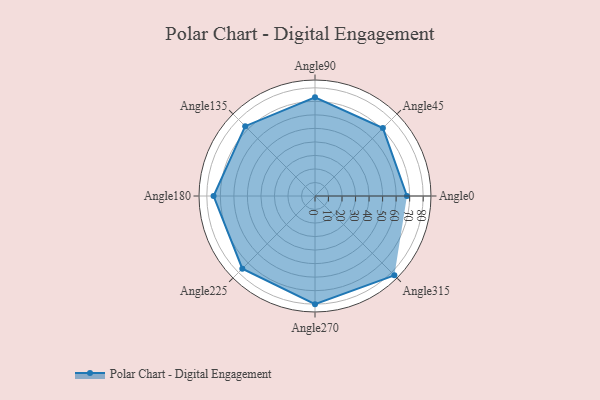
{"axis": {"x": "Angle", "y": "Radius"}, "legend": [""], "data": [{"x": "Angle0", "y": 68.0, "type": ""}, {"x": "Angle45", "y": 71.0, "type": ""}, {"x": "Angle90", "y": 73.0, "type": ""}, {"x": "Angle135", "y": 73.0, "type": ""}, {"x": "Angle180", "y": 75.0, "type": ""}, {"x": "Angle225", "y": 76.0, "type": ""}, {"x": "Angle270", "y": 80.0, "type": ""}, {"x": "Angle315", "y": 83.0, "type": ""}]}